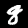
Label: 8